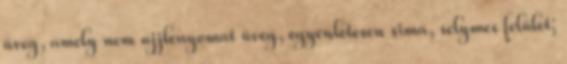
üveg, amely nem ujjlenyomat üveg, egyenletesen sima, selymes felület;